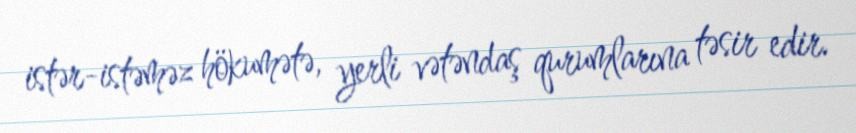
istər-istəməz hökumətə, yerli vətəndaş qurumlarına təsir edir.